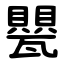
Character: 甖